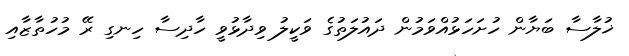
ޚުލާސާ ބަޔާން ހުށަހަޅުއްވަމުން ދައުލަތުގެ ވަކީލު ވިދާޅުވީ ހާދިސާ ހިނގި ރޭ މުހުތާޒާއި